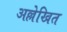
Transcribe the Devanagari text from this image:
अल्लेखित